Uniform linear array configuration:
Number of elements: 8
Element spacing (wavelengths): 1
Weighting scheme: hann
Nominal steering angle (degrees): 15
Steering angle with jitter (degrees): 13.557
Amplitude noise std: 0.05
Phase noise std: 0.05

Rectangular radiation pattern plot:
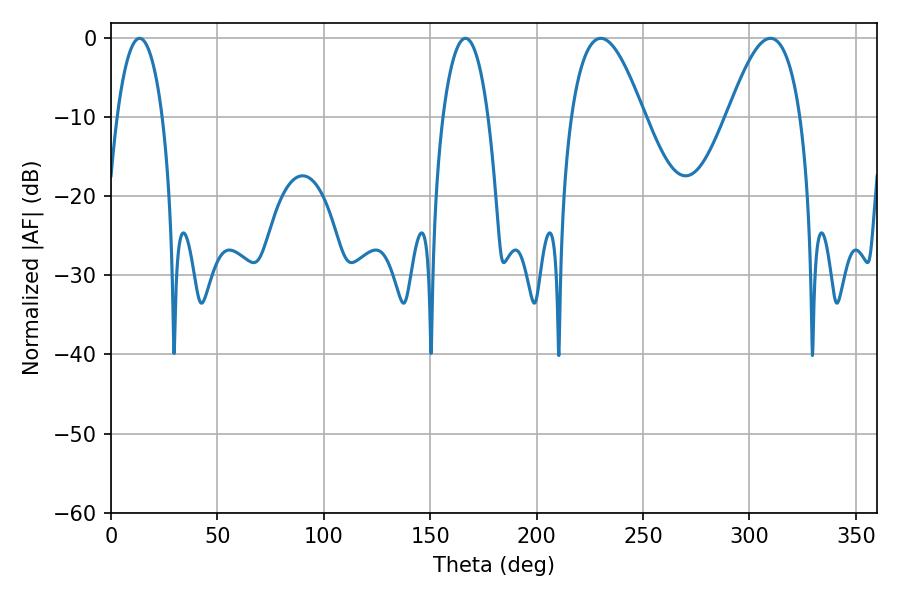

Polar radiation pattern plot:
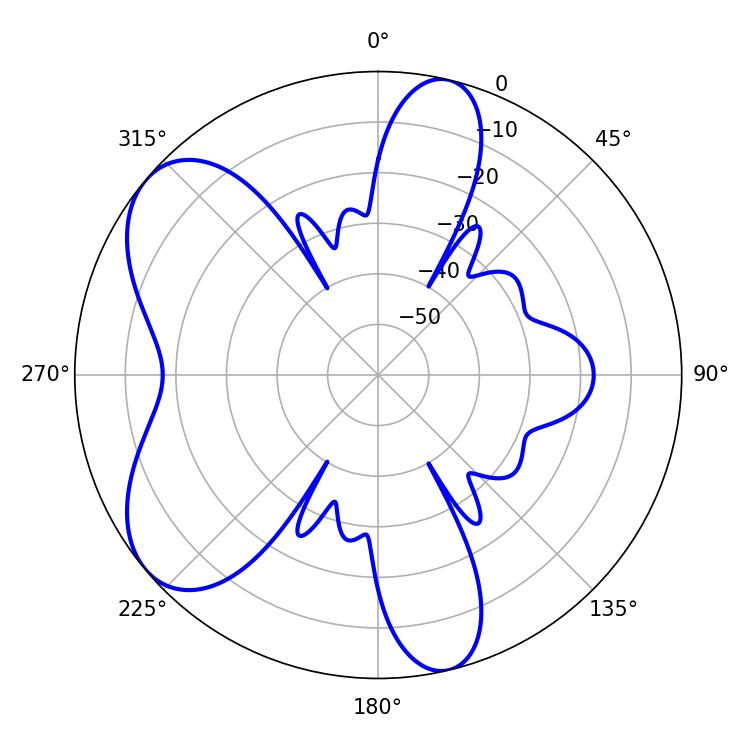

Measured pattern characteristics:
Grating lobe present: TRUE
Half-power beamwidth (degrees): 18.72
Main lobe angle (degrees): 230.22